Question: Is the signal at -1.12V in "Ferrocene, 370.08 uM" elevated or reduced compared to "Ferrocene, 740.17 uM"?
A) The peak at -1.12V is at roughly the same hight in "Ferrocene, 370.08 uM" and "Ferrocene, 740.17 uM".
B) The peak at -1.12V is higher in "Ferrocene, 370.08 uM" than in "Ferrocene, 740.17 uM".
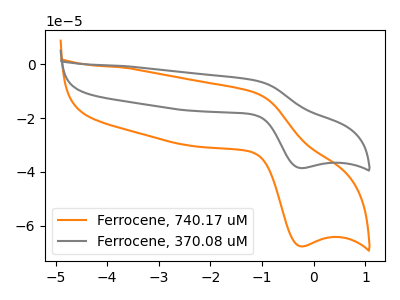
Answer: <think>The orange curve "Ferrocene, 740.17 uM" has an anodic peak at (-1.10V, -10.70uA) and a cathodic peak at (-0.25V, -67.60uA). The gray curve "Ferrocene, 370.08 uM" has an anodic peak at (-1.10V, -6.10uA) and a cathodic peak at (-0.25V, -38.55uA).</think>
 <answer>B) The peak at -1.12V is higher in "Ferrocene, 370.08 uM" than in "Ferrocene, 740.17 uM".</answer>
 <eval>B</eval>